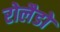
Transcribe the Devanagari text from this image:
रोलैडो